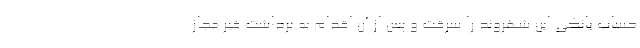
حساب بانکی این شهروند را سرقت و پس از آن اقدام به برداشت غیر مجاز